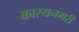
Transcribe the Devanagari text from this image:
कास्यनगरी